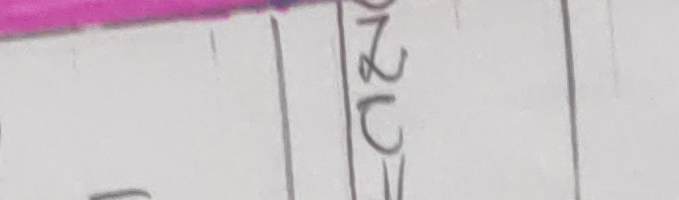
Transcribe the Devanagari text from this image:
२०